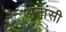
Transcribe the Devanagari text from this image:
अनांसी